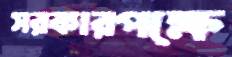
সরকারপক্ষে